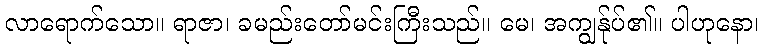
လာရောက်သော။ ရာဇာ၊ ခမည်းတော်မင်းကြီးသည်။ မေ၊ အကျွန်ုပ်၏။ ပါဟုနော၊